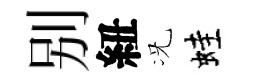
别紐况蛙